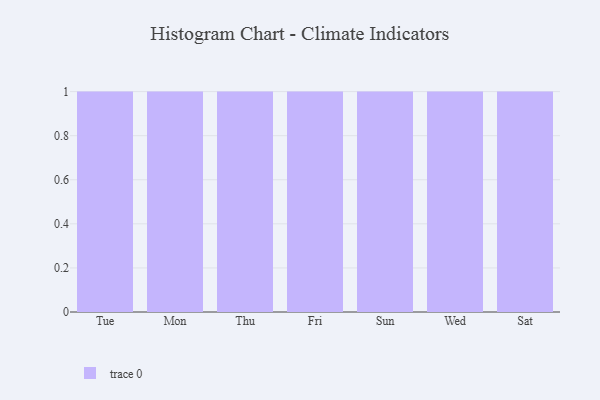
{"axis": {"x": "Day", "y": "Budget (USD K)"}, "legend": [""], "data": [{"x": "Tue", "y": 7, "type": ""}, {"x": "Mon", "y": 14, "type": ""}, {"x": "Thu", "y": 87, "type": ""}, {"x": "Fri", "y": 45, "type": ""}, {"x": "Sun", "y": 27, "type": ""}, {"x": "Wed", "y": 45, "type": ""}, {"x": "Sat", "y": 70, "type": ""}]}